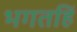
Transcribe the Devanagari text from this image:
भगतहिं